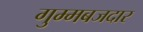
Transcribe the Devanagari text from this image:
गुम्मबजदार